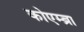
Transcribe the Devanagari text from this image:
कोएम्ब्रा